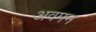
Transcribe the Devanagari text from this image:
अवमन